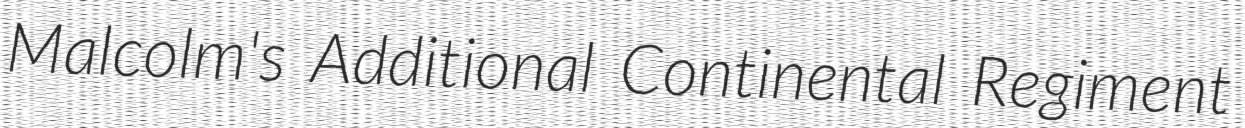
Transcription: Malcolm's Additional Continental Regiment